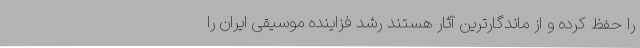
را حفظ کرده و از ماندگارترین آثار هستند رشد فزاینده موسیقی ایران را